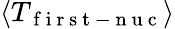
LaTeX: \langle T_{\mathrm{~f~i~r~s~t~-~n~u~c~}}\rangle